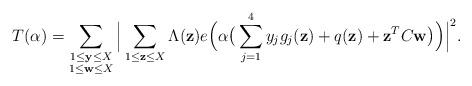
LaTeX: \begin{align*}T(\alpha)=\sum_{\substack{1\le \mathbf{y}\le X\\ 1\le \mathbf{w}\le X }}\Big|\sum_{1\le \mathbf{z}\le X}\Lambda(\mathbf{z})e\Big(\alpha\big(\sum_{j=1}^4y_jg_j(\mathbf{z})+q(\mathbf{z})+\mathbf{z}^TC\mathbf{w}\big)\Big)\Big|^2.\end{align*}